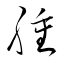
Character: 腫